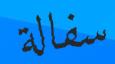
سفالة